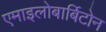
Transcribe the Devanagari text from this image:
एमाइलोबार्बिटोन